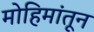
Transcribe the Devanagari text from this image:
मोहिमांतून